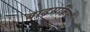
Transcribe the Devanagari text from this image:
बाढ़सक्रिय